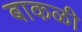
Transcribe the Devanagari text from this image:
बाकळी